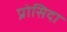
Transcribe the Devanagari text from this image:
प्रोसिदा